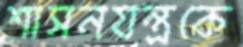
শাসনযন্ত্রকে